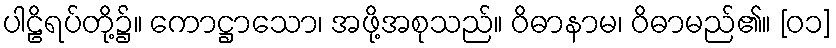
ပါဠိရပ်တို့၌။ ကောဋ္ဌာသော၊ အဖို့အစုသည်။ ဝိဓာနာမ၊ ဝိဓာမည်၏။ [၀၁]